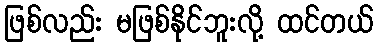
ဖြစ်လည်း မဖြစ်နိုင်ဘူးလို့ ထင်တယ်